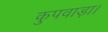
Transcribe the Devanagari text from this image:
कुपवाड़ा।